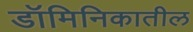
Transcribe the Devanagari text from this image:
डॉमिनिकातील